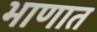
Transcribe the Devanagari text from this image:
भाणात